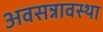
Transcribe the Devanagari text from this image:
अवसन्नावस्था